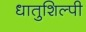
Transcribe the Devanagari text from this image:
धातुशिल्पी